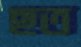
ছত